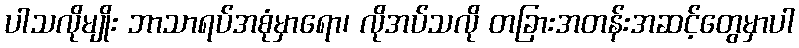
ပါသလိုမျိုး ဘာသာရပ်အစုံမှာရော၊ လိုအပ်သလို တခြားအတန်းအဆင့်တွေမှာပါ